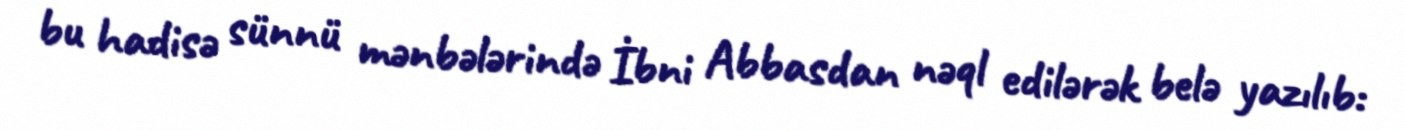
bu hadisə sünnü mənbələrində İbni Abbasdan nəql edilərək belə yazılıb: